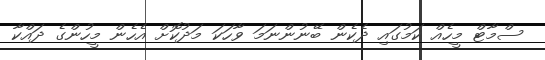
ސްމާޓް މީހެއް ކަމުގައި ދެކެން ބޭނުންނަމަ ވާހަކަ މަދުކޮށް އެހެން މީހުންގެ ދައްކާ